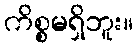
ကိစ္စမရှိဘူး။